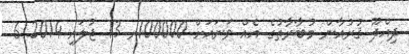
ދިއްދޫ ޤުރުއާން މުބާރާތުގެ އެއް ވަނައަށް 100000ރ 13 ޖުލައި 2014 6